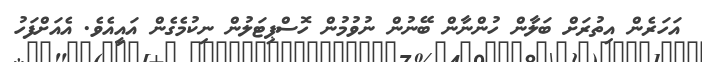
އަހަރެން އިތުރަށް ބަލާން ހުންނާން ބޭނުން ނުވުމުން ހޮސްޕިޓަލުން ނިކުމެގެން އައީއެވެ. އެއަށްފަހު